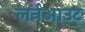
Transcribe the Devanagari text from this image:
लर्नआउट